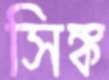
সিঙ্ক